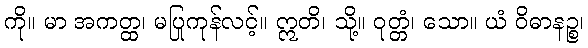
ကို။ မာ အကတ္ထ၊ မပြုကုန်လင့်။ ဣတိ၊ သို့။ ဝုတ္တံ၊ သော။ ယံ ဝိဓာနဉ္စ၊